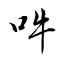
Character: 吽